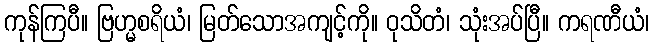
ကုန်ကြပီ။ ဗြဟ္မစရိယံ၊ မြတ်သောအကျင့်ကို။ ဝုသိတံ၊ သုံးအပ်ပြီ။ ကရဏီယံ၊